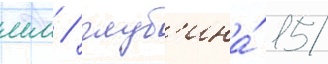
мм / глуб'ина́ 15